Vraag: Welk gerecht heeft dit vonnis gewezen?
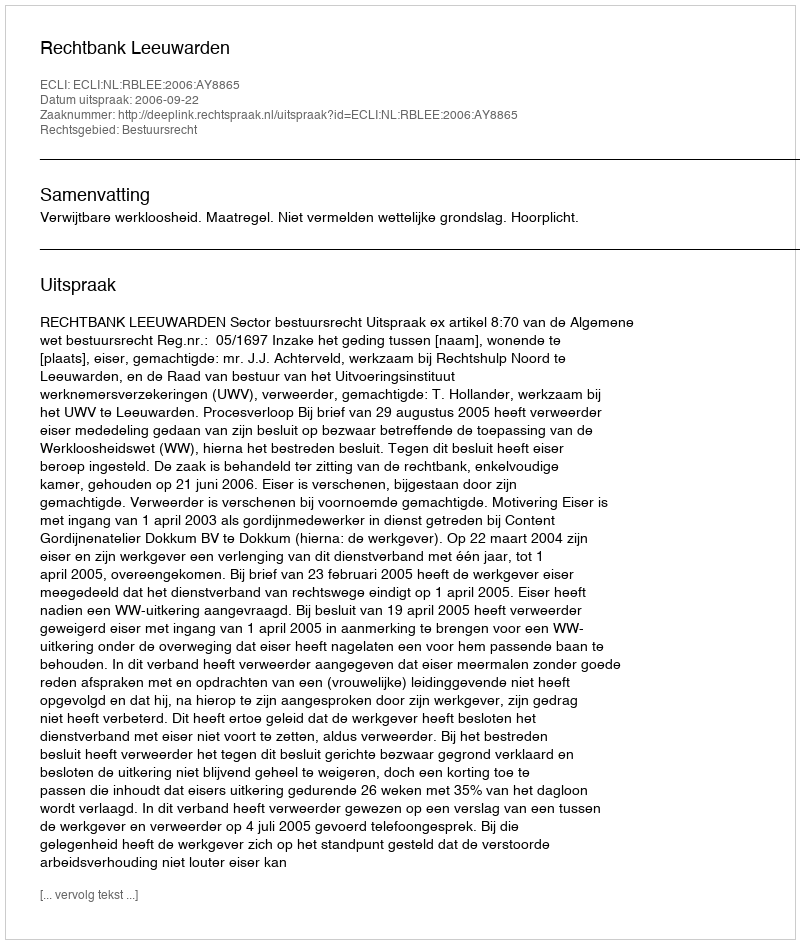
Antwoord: Rechtbank Leeuwarden